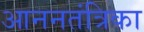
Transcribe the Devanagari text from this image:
आननतंत्रिका